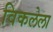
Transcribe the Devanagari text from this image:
विकलेला